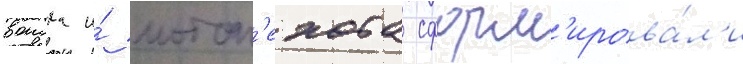
воиска и́ мотоп'ехота сформ'ирова́л'и